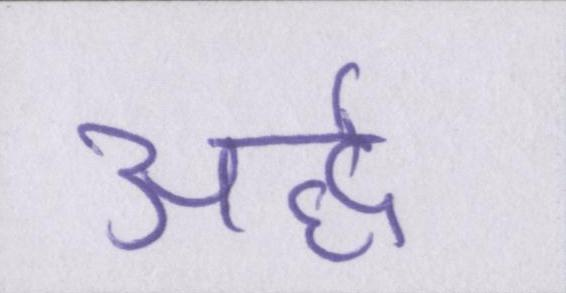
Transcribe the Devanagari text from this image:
अर्द्ध